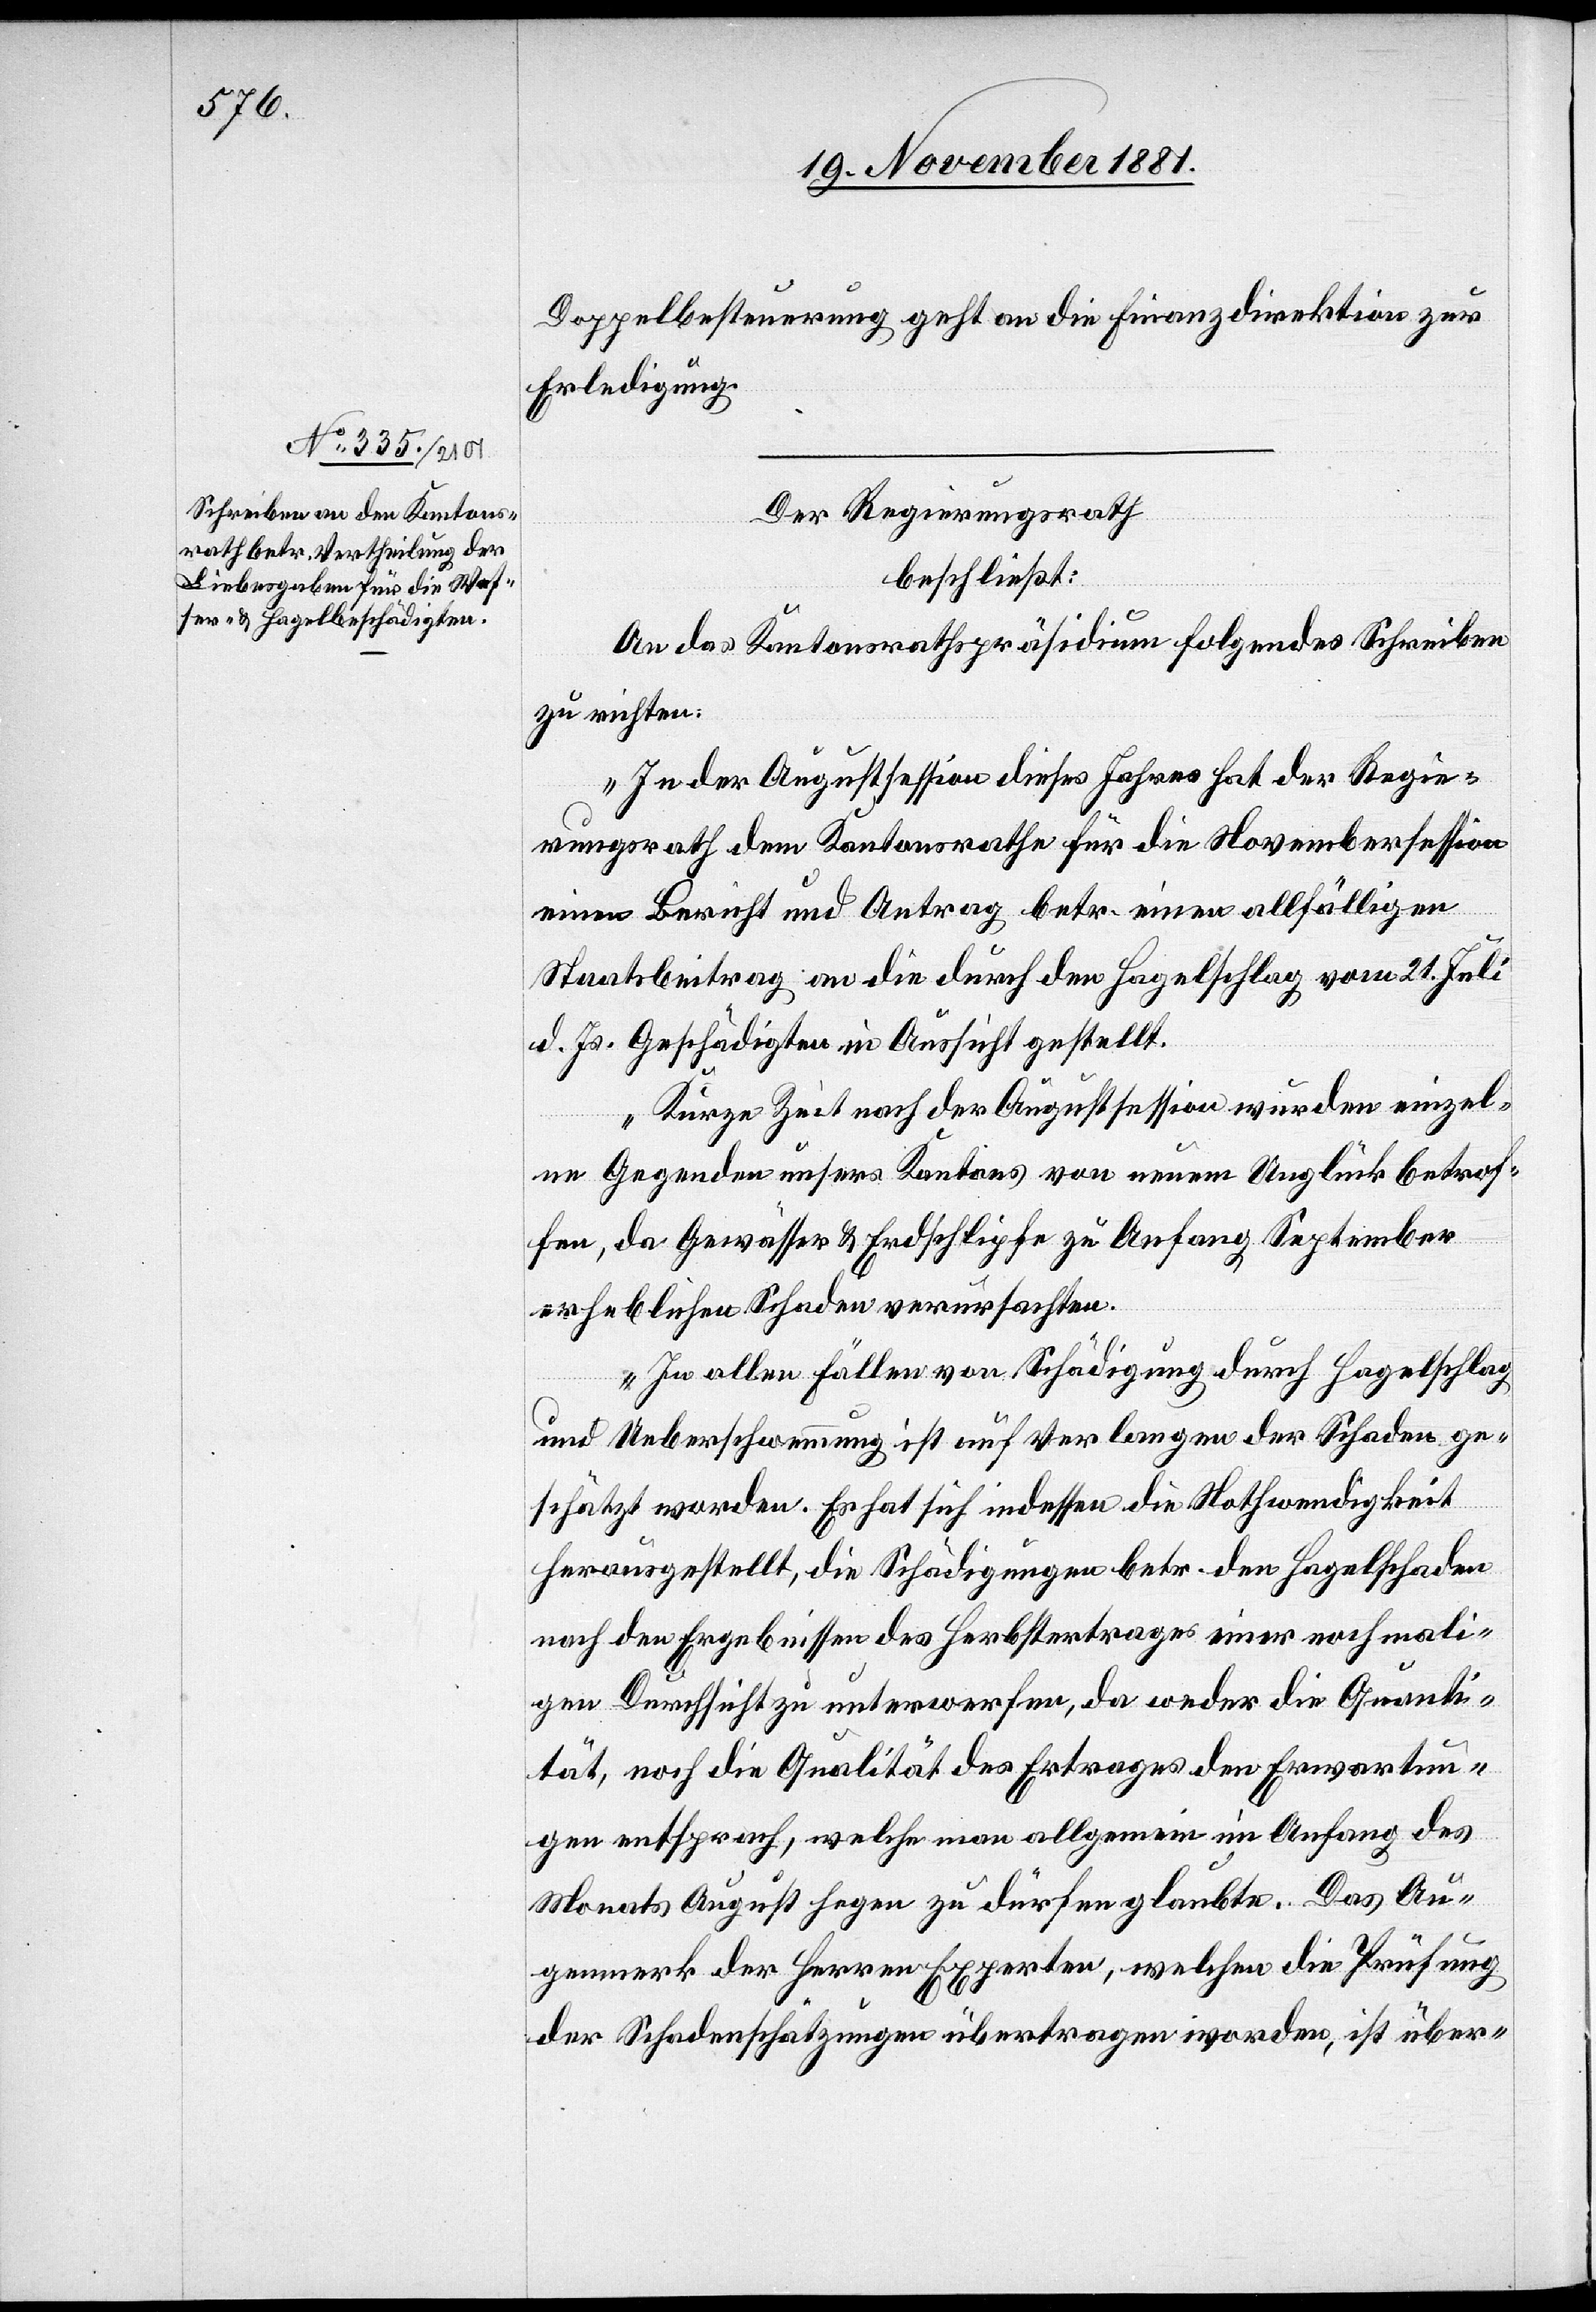
Doppelbesteuerung geht an die Finanzdirektion zur
Erledigung.
Der Regierungsrath
beschließt:
An das Kantonsrathspräsidium folgendes Schreiben
zu richten:
„In der Augustsession dieses Jahres hat der Regie¬
rungsrath dem Kantonsrath für die Novembersession
einen Bericht und Antrag betr. einen allfälligen
Staatsbeitrag an die durch den Hagelschlag vom 21. Juli
d. Js. Geschädigten in Aussicht gestellt.
Kurze Zeit nach der Augustsession wurden einzel¬
ne Gegenden unsers Kantons von neuem Unglück betrof¬
fen, da Gewässer & Erdschlipfe zu Anfang September
erheblichen Schaden verursachten.
In allen Fällen von Schädigung durch Hagelschlag
und Ueberschwemmung ist auf Verlangen der Schaden ge¬
schätzt worden. Es hat sich indessen die Nothwendigkeit
herausgestellt, die Schädigungen betr. den Hagelschaden
nach den Ergebnissen des Herbstertrages einer nochmali¬
gen Durchsicht zu unterwerfen, da weder die Quanti¬
tät, noch die Qualität des Ertrages den Erwartun¬
gen entsprach, welche man allgemein im Anfang des
Monats August hegen zu dürfen glaubte. Das Au¬
genmerk der Herren Experten, welchen die Prüfung
der Schadenschätzungen übertragen worden, ist über-